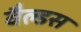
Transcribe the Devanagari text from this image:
वैल्डस